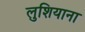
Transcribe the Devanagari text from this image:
लुशियाना